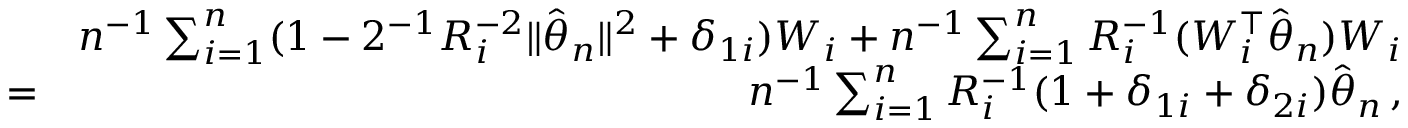
\begin{array} { r l r } & { } & { n ^ { - 1 } \sum _ { i = 1 } ^ { n } ( 1 - 2 ^ { - 1 } R _ { i } ^ { - 2 } \| \hat { { \boldsymbol \theta } } _ { n } \| ^ { 2 } + \delta _ { 1 i } ) W _ { i } + n ^ { - 1 } \sum _ { i = 1 } ^ { n } R _ { i } ^ { - 1 } ( W _ { i } ^ { \top } \hat { { \boldsymbol \theta } } _ { n } ) W _ { i } } \\ & { = } & { n ^ { - 1 } \sum _ { i = 1 } ^ { n } R _ { i } ^ { - 1 } ( 1 + \delta _ { 1 i } + \delta _ { 2 i } ) \hat { { \boldsymbol \theta } } _ { n } \, , } \end{array}